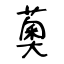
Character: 薁